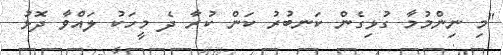
"މި ނިންމުމާ ގުޅިގެން ކަނބުރު ކަން ކުރާ ދެ މީހަކު ލައްވާ ދޮޅު